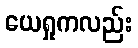
ယေရှုကလည်း